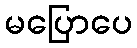
မပြောပေ